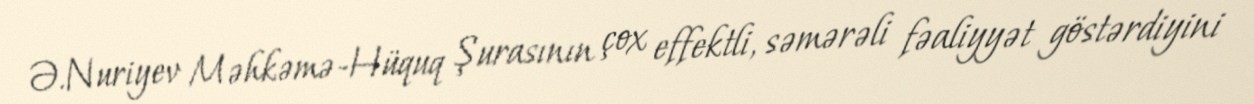
Ə.Nuriyev Məhkəmə-Hüquq Şurasının çox effektli, səmərəli fəaliyyət göstərdiyini